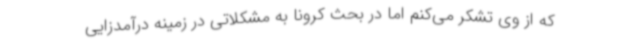
که از وی تشکر می‌کنم اما در بحث کرونا به مشکلاتی در زمینه درآمدزایی